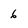
Character: 6